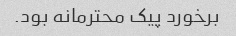
برخورد پیک محترمانه بود.